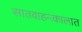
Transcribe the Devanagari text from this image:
सातवाहनकालात